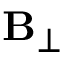
{ \bf B } _ { \perp }